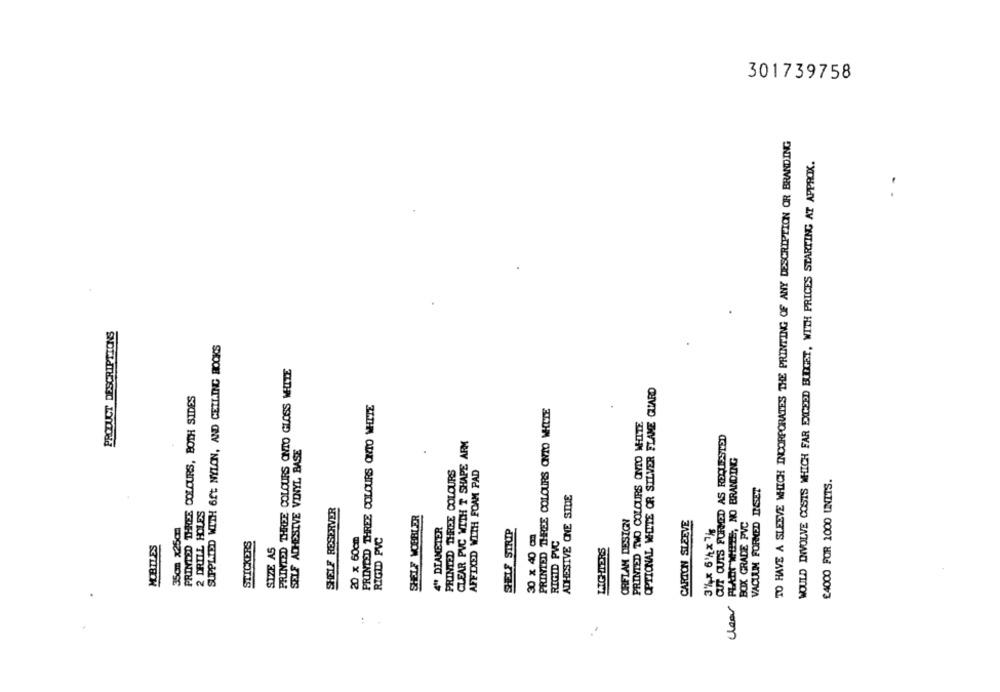
301739758
TO HAVE A SLEEVE WHICH INCORPORATES THE PRINTING OF ANY DESCRIPTION OR BRANDING
WOULD INVOLVE COSTS WHICH FAR EXCEED BUDGET, WITH PRICES STARTING AT APPROX.
..
PRODUCT DESCRIPTIONS
SUPPLIED WITH 6ft NYLON, AND CEILING BOOKS
PRINTED THREE COLOURS ONTO GLOSS WHITE
OPTIONAL WHITE OR SILVER FLAME GUARD
PRINTED THREE COLOURS, BOTH SIDES
PRINTED THREE COLOURS ONIO WHITE
PRINTED THREE COLOURS ONTO WHITE
PRINTED TWO COLOURS ONTO WHITE
CUT OUTS FORMED AS REQUESTED
CLEAR PVC WITH T SHAPE ARM
SELF ADHESIVE VINYL BASE
PLADI MELE, NO BRANDING
PRINTED THREE COLOURS
AFFIXED WITH FOAM PAD
£4000 FOR 1000 UNITS.
VACUUM FORMED INGET
ADHESIVE ONE STUE
2 DRILL HOLES
SHELF RESERVER
SHELF WOBBLER
ORFLAM DESIGN
CARTON SLEEVE
BOX GRADE PVC
35cm x25cm
4" DIAMETER
SHELF STRIP
3%x 6%x1kg
20 x 60cm
RIGID PVC
30 x 40 cm
RIGID PVC
MOBILES
STICKERS
SIZE AS
clear
: